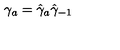
\gamma _ { a } = \hat { \gamma } _ { a } \hat { \gamma } _ { - 1 }